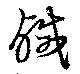
鹹